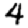
Digit: 4